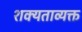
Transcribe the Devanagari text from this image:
शक्यताव्यक्त